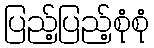
ပြည့်ပြည့်စုံစုံ